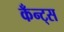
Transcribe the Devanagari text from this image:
कँन्ट्‌स